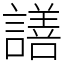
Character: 𧬆